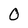
Character: 0